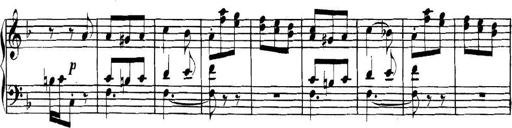
Title: Collected Piano Sonatas
Composer: Muzio Clementi